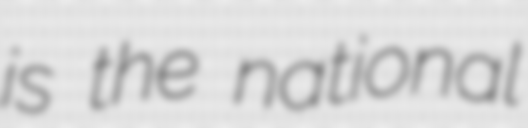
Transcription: is the national